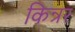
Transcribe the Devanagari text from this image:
किन्रर